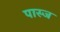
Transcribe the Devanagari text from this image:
पास्ज